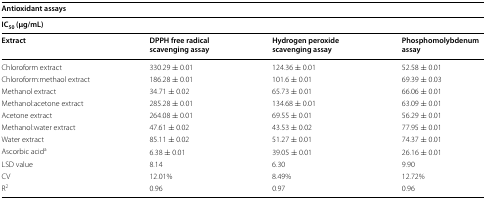
<table><thead><tr><td colspan="4"><b>Antioxidant assays</b></td></tr><tr><td colspan="4"><b>IC<sub>50</sub> (μg/mL)</b></td></tr><tr><td><b>Extract</b></td><td><b>DPPH free radical scavenging assay</b></td><td><b>Hydrogen peroxide scavenging assay</b></td><td><b>Phosphomolybdenum assay</b></td></tr></thead><tbody><tr><td>Chloroform extract</td><td>330.29 ± 0.01</td><td>124.36 ± 0.01</td><td>52.58 ± 0.01</td></tr><tr><td>Chloroform:methaol extract</td><td>186.28 ± 0.01</td><td>101.6 ± 0.01</td><td>69.39 ± 0.03</td></tr><tr><td>Methanol extract</td><td>34.71 ± 0.02</td><td>65.73 ± 0.01</td><td>66.06 ± 0.01</td></tr><tr><td>Methanol:acetone extract</td><td>285.28 ± 0.01</td><td>134.68 ± 0.01</td><td>63.09 ± 0.01</td></tr><tr><td>Acetone extract</td><td>264.08 ± 0.01</td><td>69.55 ± 0.01</td><td>56.29 ± 0.01</td></tr><tr><td>Methanol:water extract</td><td>47.61 ± 0.02</td><td>43.53 ± 0.02</td><td>77.95 ± 0.01</td></tr><tr><td>Water extract</td><td>85.11 ± 0.02</td><td>51.27 ± 0.01</td><td>74.37 ± 0.01</td></tr><tr><td>Ascorbic acid<sup>a</sup></td><td>6.38 ± 0.01</td><td>39.05 ± 0.01</td><td>26.16 ± 0.01</td></tr><tr><td>LSD value</td><td>8.14</td><td>6.30</td><td>9.90</td></tr><tr><td>CV</td><td>12.01%</td><td>8.49%</td><td>12.72%</td></tr><tr><td>R<sup>2</sup></td><td>0.96</td><td>0.97</td><td>0.96</td></tr></tbody></table>